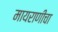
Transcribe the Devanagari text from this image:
मायराणीचा